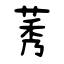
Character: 艿